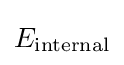
E_{\text{internal}}